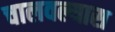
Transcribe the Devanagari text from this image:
चालवल्यास